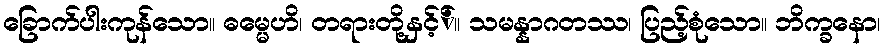
ခြောက်ပါးကုန်သော။ ဓမ္မေဟိ၊ တရားတို့နှင့််။ သမန္နာဂတဿ၊ ပြည့်စုံသော။ ဘိက္ခနော၊